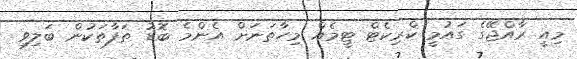
މިއީ ރާއްޖޭގެ ގައުމީ ކްރިކެޓް ޓީމެއް މިހާތަނަށް އެންމެ ބޮޑު ތަފާތަކުން ބަލިވި